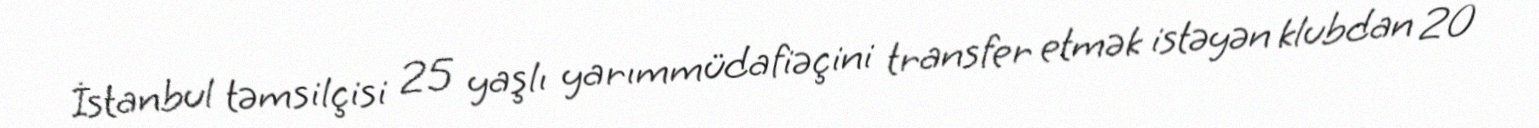
İstanbul təmsilçisi 25 yaşlı yarımmüdafiəçini transfer etmək istəyən klubdan 20